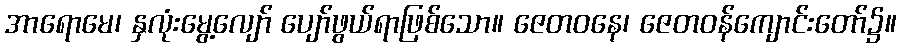
အာရောမေ၊ နှလုံးမွေ့လျော် ပျော်ဖွယ်ရာဖြစ်သော။ ဇေတဝနေ၊ ဇေတဝန်ကျောင်းတော်၌။